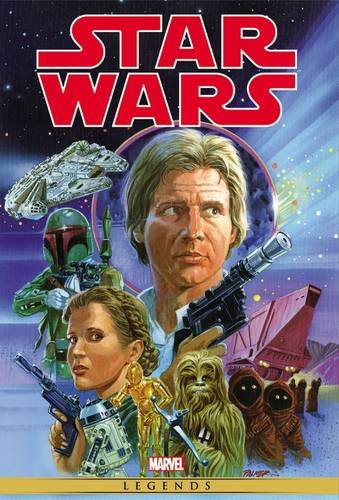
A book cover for Star Wars: The Complete Marvel Years Omnibus Vol. 3 (Star Wars the Original Marvel Years Omnibus); Marvel Comics; Comics & Graphic Novels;